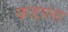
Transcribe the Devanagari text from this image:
कडाला